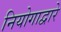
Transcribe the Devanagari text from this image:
नियोगाद्वारे